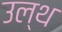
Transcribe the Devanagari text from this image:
उल्थ